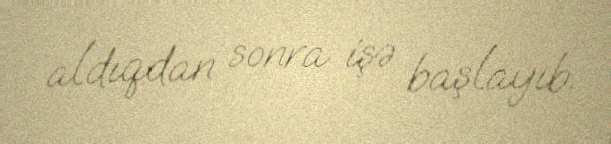
aldıqdan sonra işə başlayıb.